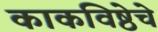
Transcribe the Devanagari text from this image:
काकविष्ठेचे